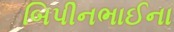
બિપીનભાઈના